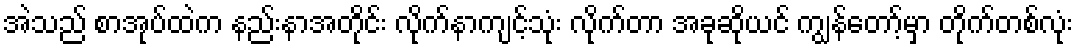
အဲသည် စာအုပ်ထဲက နည်းနာအတိုင်း လိုက်နာကျင့်သုံး လိုက်တာ အခုဆိုယင် ကျွန်တော့်မှာ တိုက်တစ်လုံး